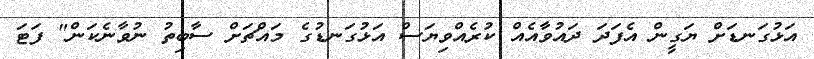
އަޅުގަނޑަށް ޔަގީން އެފަދަ ދައުވާއެއް ކުރެއްވިޔަސް އަޅުގަނޑުގެ މައްޗަށް ސާބިތު ނުވާނެކަން" ފަޓަ